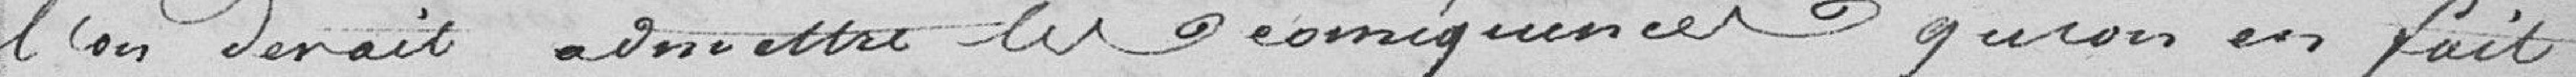
l'on devrait admettre en conséquence qu'on en fait